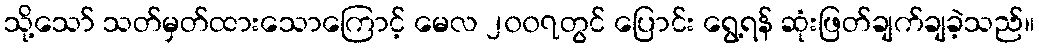
သို့သော် သတ်မှတ်ထားသောကြောင့် မေလ ၂၀၀၇တွင် ပြောင်း ရွေ့ရန် ဆုံးဖြတ်ချက်ချခဲ့သည်။